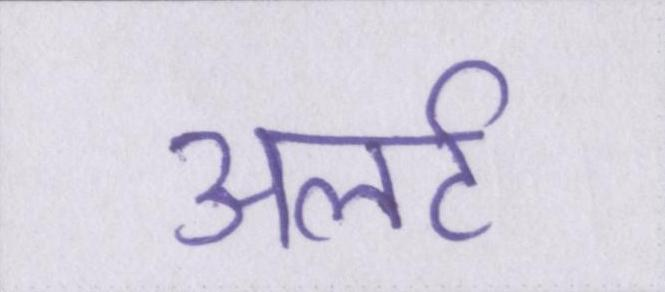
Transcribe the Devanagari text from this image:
अलर्ट